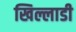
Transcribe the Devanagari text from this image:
खिल्लाडी